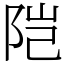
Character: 𬮿